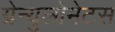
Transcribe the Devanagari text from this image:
ग्रेन्युलोमेटस